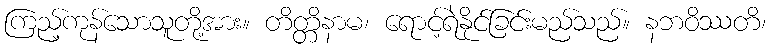
ကြည့်ကုန်သောသူတို့အား။ တိတ္တိနာမ၊ ရောင့်ရဲနိုင်ခြင်းမည်သည်။ နဘဝိဿတိ၊